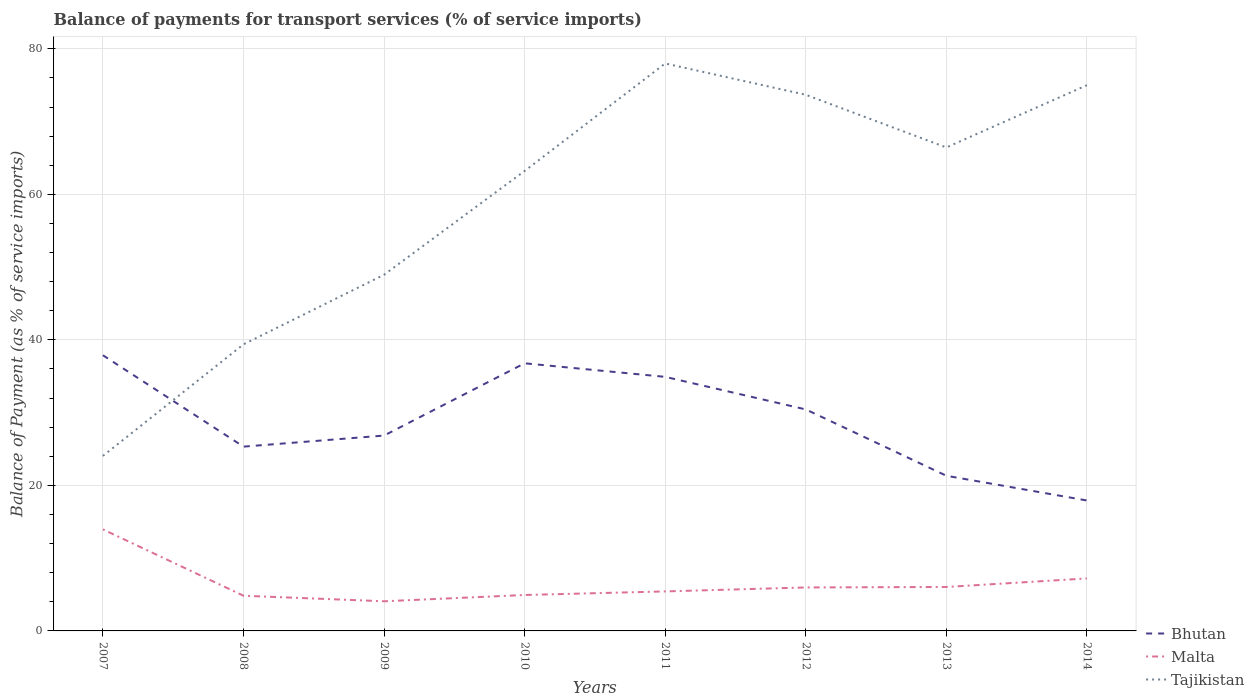
| Years | Bhutan | Malta | Tajikistan |
 | --- | --- | --- | --- |
 | 2007 | 37.9 | 14 | 24.1 |
 | 2008 | 25.3 | 4.84 | 39.4 |
 | 2009 | 26.8 | 4.07 | 48.9 |
 | 2010 | 36.8 | 4.94 | 63.2 |
 | 2011 | 34.9 | 5.43 | 78 |
 | 2012 | 30.4 | 5.97 | 73.7 |
 | 2013 | 21.3 | 6.04 | 66.4 |
 | 2014 | 17.9 | 7.21 | 75 |